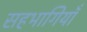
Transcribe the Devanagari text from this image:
सहभागियाँ